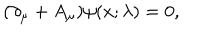
LaTeX: ( \partial _ { \mu } + A _ { \mu } ) \psi ( x ; \lambda ) = 0 ,